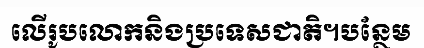
លើរូបលោកនិងប្រទេសជាតិ។បន្ថែម